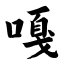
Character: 嘎